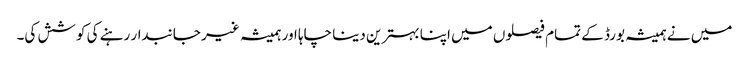
میں نے ہمیشہ بورڈ کے تمام فیصلوں میں اپنا بہترین دینا چاہا اور ہمیشہ غیر جانبدار رہنے کی کوشش کی۔